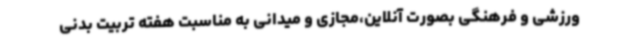
ورزشی و فرهنگی بصورت آنلاین،مجازی و میدانی به مناسبت هفته تربیت بدنی